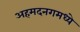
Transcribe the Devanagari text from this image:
अहमदनगमध्ये